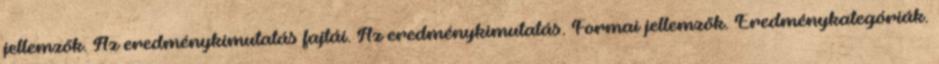
jellemzők. Az eredménykimutatás fajtái. Az eredménykimutatás. Formai jellemzõk. Eredménykategóriák.